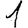
Digit: 1